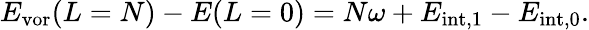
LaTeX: \begin{array}{r}{E_{\mathrm{vor}}(L=N)-E(L=0)=N\omega+E_{\mathrm{{int},1}}-E_{\mathrm{{int},0}}.}\end{array}